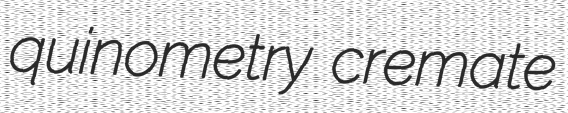
quinometry cremate